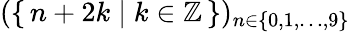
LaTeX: (\{ \, n+2k\mid k\in\mathbb{Z}\, \} )_{n\in\{ 0,1,\ldots,9\} }